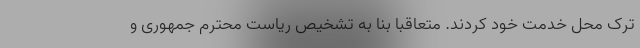
ترک محل خدمت خود کردند. متعاقباً بنا به تشخیص ریاست محترم جمهوری و